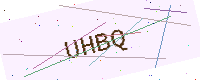
Text: UHBQ